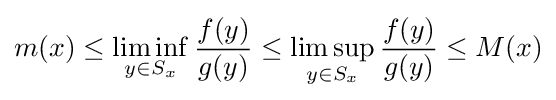
m(x)\leq \liminf _{y\in S_{x}}{\frac {f(y)}{g(y)}}\leq \limsup _{y\in S_{x}}{\frac {f(y)}{g(y)}}\leq M(x)